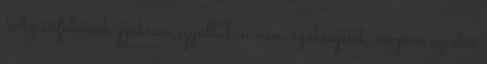
Az infoboxok gyakran egyáltalán nem szükségesek, csupán az első